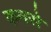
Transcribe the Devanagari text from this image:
कमसे